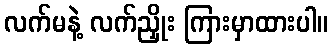
လက်မနဲ့ လက်ညှိုး ကြားမှာထားပါ။